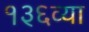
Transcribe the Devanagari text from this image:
१३६व्या